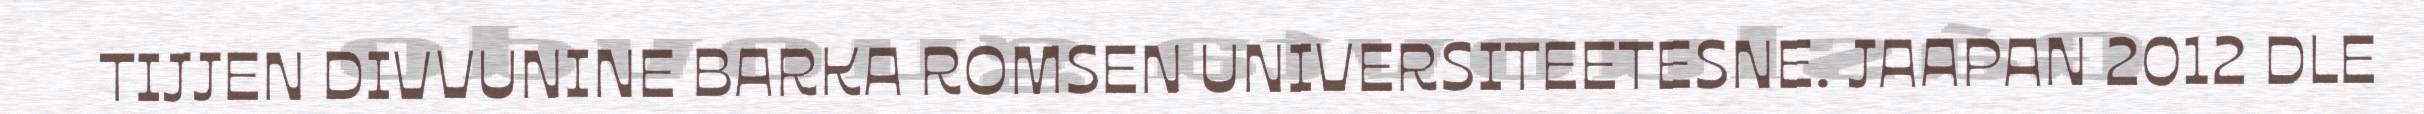
TIJJEN DIVVUNINE BARKA ROMSEN UNIVERSITEETESNE. JAAPAN 2012 DLE